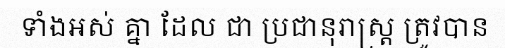
ទាំងអស់ គ្នា ដែល ជា ប្រជានុរាស្ត្រ ត្រូវបាន